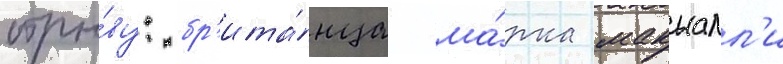
отры́ву: бр'ита́нца ма́рка макналл'и